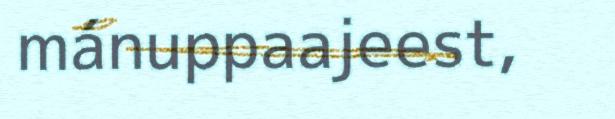
mánuppaajeest,